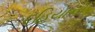
દહિયાનો